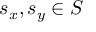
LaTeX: s _ { x } , s _ { y } \in S